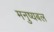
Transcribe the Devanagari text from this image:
मनुष्यबल